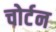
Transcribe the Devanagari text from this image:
चोर्टन